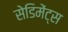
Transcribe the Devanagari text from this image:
सेडिमेंट्स